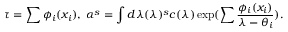
\tau = \sum \phi _ { i } ( x _ { i } ) , \; \alpha ^ { s } = \int d \lambda ( \lambda ) ^ { s } c ( \lambda ) \exp ( \sum \frac { \phi _ { i } ( x _ { i } ) } { \lambda - \theta _ { i } } ) .